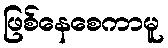
ဖြစ်နေစေကာမူ